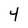
Character: 4